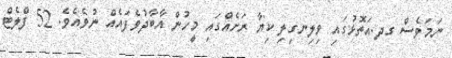
ނަމަވެސް ގދ.އަތޮޅުގައި ވިލިނގިލި ކިޔާ ރަށެއްގައި މީހުން އާބާދުވެފައެއް ނުވެއެވެ. 52 ފްލެޓް